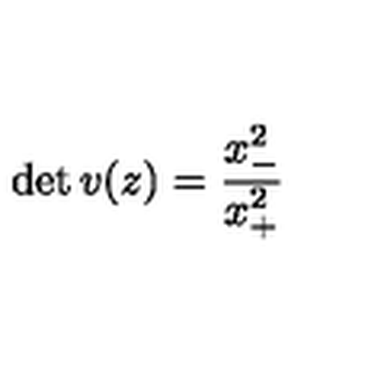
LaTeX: \det v ( z ) = \displaystyle { \frac { x _ { - } ^ { 2 } } { x _ { + } ^ { 2 } } }